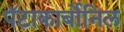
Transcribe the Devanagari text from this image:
पॅटाकार्बोनिल